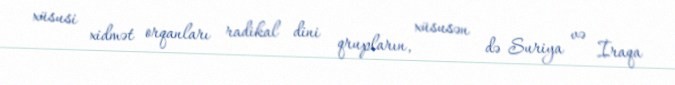
xüsusi xidmət orqanları radikal dini qrupların, xüsusən də Suriya və İraqa